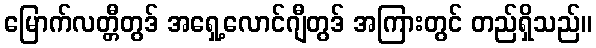
မြောက်လတ္တီတွဒ် အရှေ့လောင်ဂျီတွဒ် အကြားတွင် တည်ရှိသည်။